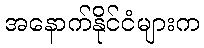
အနောက်နိုင်ငံများက